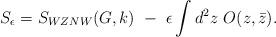
LaTeX: \begin{align*}S_\epsilon=S_{WZNW}(G,k)~-~\epsilon\int d^2z~O(z,\bar z).\end{align*}